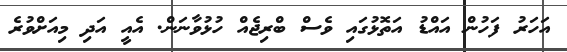
އަހަރު ފަހުން އައްޑު އަތޮޅުގައި ވެސް ބްރިޖެއް ހުޅުވާނަން. އެއީ އަދި މިއަށްވުރެ